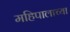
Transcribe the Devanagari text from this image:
महिपालाच्या